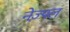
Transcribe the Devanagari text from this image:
नेज़्पल